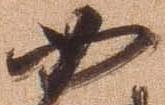
如